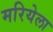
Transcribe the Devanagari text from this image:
मरियेला